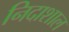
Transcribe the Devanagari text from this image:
निदाशाल